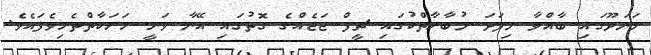
މަނަދޫގައި ބާއްވާ މިފަދަ މުބާރާތްކުގައި ޗީފް ޖަޖެއްގެ ގޮތުގައި އޭނާ ވަނީ ހަރަކާތްތެރިވެފައެވެ.